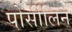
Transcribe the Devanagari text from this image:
पोर्सीलिन